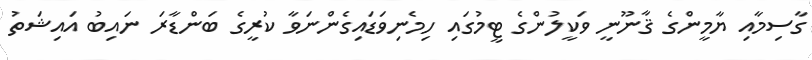
ގާސިމާއި ޔާމީންގެ ޤާނޫނީ ވަކީލުންގެ ޓީމުގައި ހިމެނިވަޑައިގެންނަވާ ކުރީގެ ބަންޑާރަ ނައިބު އައިޝަތު